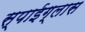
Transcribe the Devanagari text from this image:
स्पाईग्लास